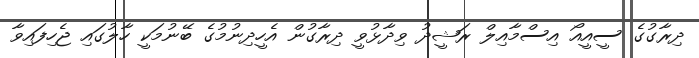
ދިރާގުގެ ސީއީއޯ އިސްމާއިލް ރަޝީދު ވިދާޅުވީ ދިރާގުން އެހީދިނުމުގެ ބޭނުމަކީ ހާލުގައި ޖެހިފައިވާ